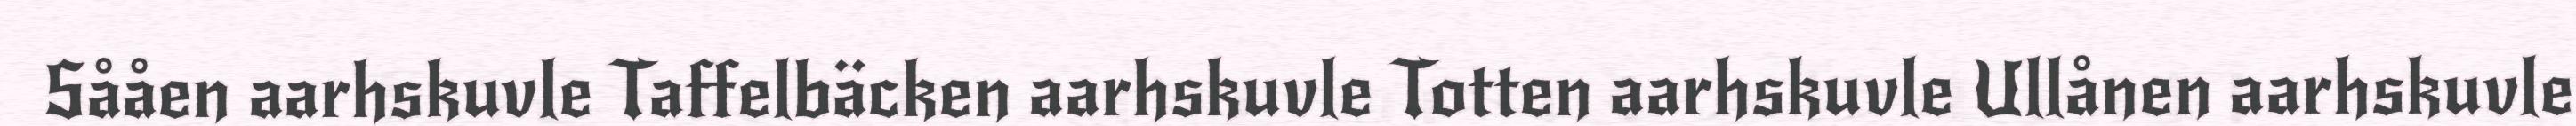
Sååen aarhskuvle Taffelbäcken aarhskuvle Totten aarhskuvle Ullånen aarhskuvle